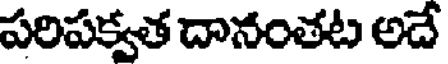
పరిపక్వత దానంతట అదే